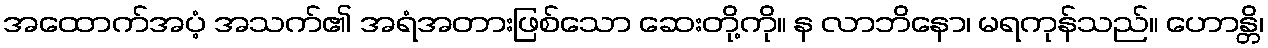
အထောက်အပံ့ အသက်၏ အရံအတားဖြစ်သော ဆေးတို့ကို။ န လာဘိနော၊ မရကုန်သည်။ ဟောန္တိ၊